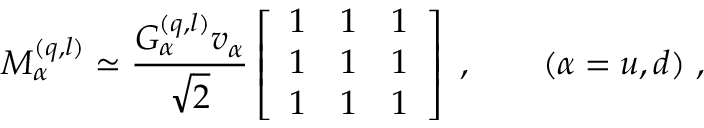
M _ { \alpha } ^ { ( q , l ) } \simeq \frac { G _ { \alpha } ^ { ( q , l ) } v _ { \alpha } } { \sqrt { 2 } } \left[ \begin{array} { c c c } { { 1 } } & { { 1 } } & { { 1 } } \\ { { 1 } } & { { 1 } } & { { 1 } } \\ { { 1 } } & { { 1 } } & { { 1 } } \end{array} \right] \ , \qquad ( \alpha = u , d ) \ ,